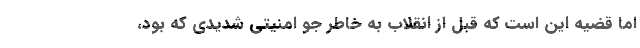
اما قضیه این است که قبل از انقلاب به خاطر جو امنیتی شدیدی که بود،